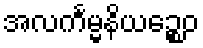
အလင်္ကမ္မနိယဉ္စေဝ